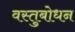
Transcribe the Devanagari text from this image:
वस्तुबोधन